Plague in India, 1896, 1897 - Volume 3
Year: 1896
Disease focus: Plague
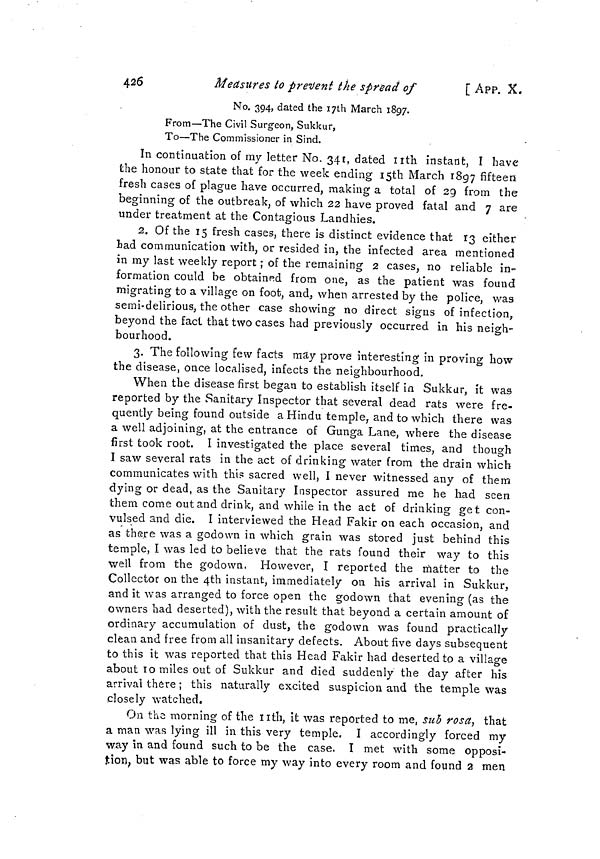
426
Measures to present the spread of
[ App. X.
No. 394, dated the i;th March 1897.
From—The Civil Surgeon, Sukkur,
To—The Commissioner in Sind.
In continuation of my letter No. 341, dated nth instant, Ï have
the honour to state that for the week ending I5th March 1897 fifteen
fresh cases of plague have occurred, making a total of 29 from the
beginning of the outbreak, of which 22 have proved fatal and 7 are
under treatment at the Contagious Landhies.
2. Of the 15 fresh cases, there is distinct evidence that 13 either
tad communication with, or resided in, the infected area mentioned
in my last weekly report ; of the remaining 2 cases, no reliable in-
formation could be obtained from one, as the patient was found
migrating to a village on foot, and, when arrested by the police, was
semi-delirious, the other case showing no direct signs of infection,
beyond the fact that two cases had previously occurred in his neigh-
bourhood.
3. The following few facts may prove interesting in proving how
the disease, once localised, infects the neighbourhood.
When the disease first began to establish itself in Sukkar, it was
reported by the Sanitary Inspector that several dead rats were fre-
quently being found outside a Hindu temple, and to which there was
a well adjoining, at the entrance of Gunga Lane, where the disease
first took root. I investigated the place several times, and though
I saw several rats in the act of drinking water from the drain which
communicates with thi? sacred well, I never witnessed any of them
dying or dead, as the Sanitary Inspector assured me he had seen
them come out and drink, and while in the act of drinking get con-
vulsed and die. I interviewed the Head Fakir on each occasion, and
as there was a godown in which grain was stored just behind this
temple, I was led to believe that the rats found their way to this
well from the godown. However, I reported the matter to the
Collector on the 4th instant, immediately on his arrival in Sukkur,
and it was arranged to force open the godown that evening (as the
owners had deserted), with the result that beyond a certain amount of
ordinary accumulation of dust, the godown was found practically
clean and free from all insanitary defects. About five days subsequent
to this it was reported that this Head Fakir had deserted to a village
about TO miles out of Sukkur and died suddenly the day after his
arrival there ; this naturally excited suspicion and the temple was
closely watched.
On tha morning of the nth, it was reported to me, sub rosa, that
a man was lying ill in this very temple. I accordingly forced my
way in and found such to be the case. I met with some opposi-
tion, but was able to force my way into every room and found a men